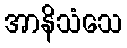
အာနိသံသေ